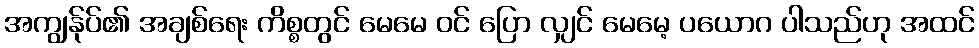
အကျွန်ုပ်၏ အချစ်ရေး ကိစ္စတွင် မေမေ ဝင် ပြော လျှင် မေမေ့ ပယောဂ ပါသည်ဟု အထင်